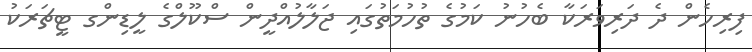
ފިރިހެން ދެ ދަރިވަރަކާ ބެހުނު ކަމުގެ ތުހުމަތުގައި ޖަލާލުއްދީން ސްކޫލްގެ ލީޑިންގ ޓީޗަރަކު